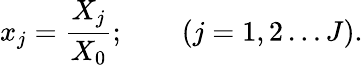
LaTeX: x_{j}=\frac{X_{j}}{X_{0}};\qquad(j=1,2\dots J).